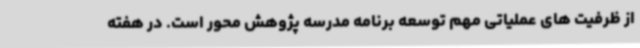
از ظرفیت های عملیاتی مهم توسعه برنامه مدرسه پژوهش محور است. در هفته